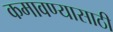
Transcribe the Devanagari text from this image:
कमावण्यासाठी